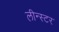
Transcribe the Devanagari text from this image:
लीन्स्टर